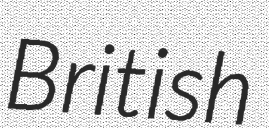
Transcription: British